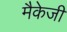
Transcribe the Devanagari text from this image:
मैकेजी